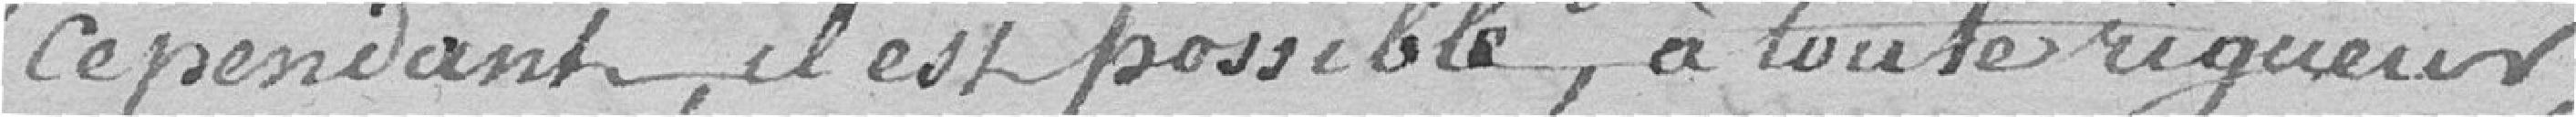
cependant, il est possible, à toute rigueur,